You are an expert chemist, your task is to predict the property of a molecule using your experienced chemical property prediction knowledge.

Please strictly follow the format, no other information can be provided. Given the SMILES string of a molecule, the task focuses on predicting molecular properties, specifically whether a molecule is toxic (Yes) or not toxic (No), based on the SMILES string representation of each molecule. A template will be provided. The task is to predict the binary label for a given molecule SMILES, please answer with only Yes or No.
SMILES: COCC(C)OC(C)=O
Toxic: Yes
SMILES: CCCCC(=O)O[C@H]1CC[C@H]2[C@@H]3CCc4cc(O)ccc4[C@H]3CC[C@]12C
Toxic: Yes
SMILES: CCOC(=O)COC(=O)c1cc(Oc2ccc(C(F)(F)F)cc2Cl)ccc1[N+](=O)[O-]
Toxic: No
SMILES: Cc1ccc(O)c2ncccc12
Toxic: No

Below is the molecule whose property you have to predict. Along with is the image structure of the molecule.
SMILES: O[C@H](CBr)[C@@H](O)[C@H](O)[C@H](O)CBr
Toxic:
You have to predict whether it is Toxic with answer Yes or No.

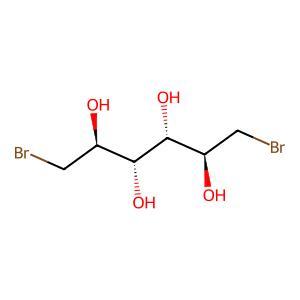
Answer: No